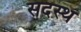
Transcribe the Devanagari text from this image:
सदस्थ